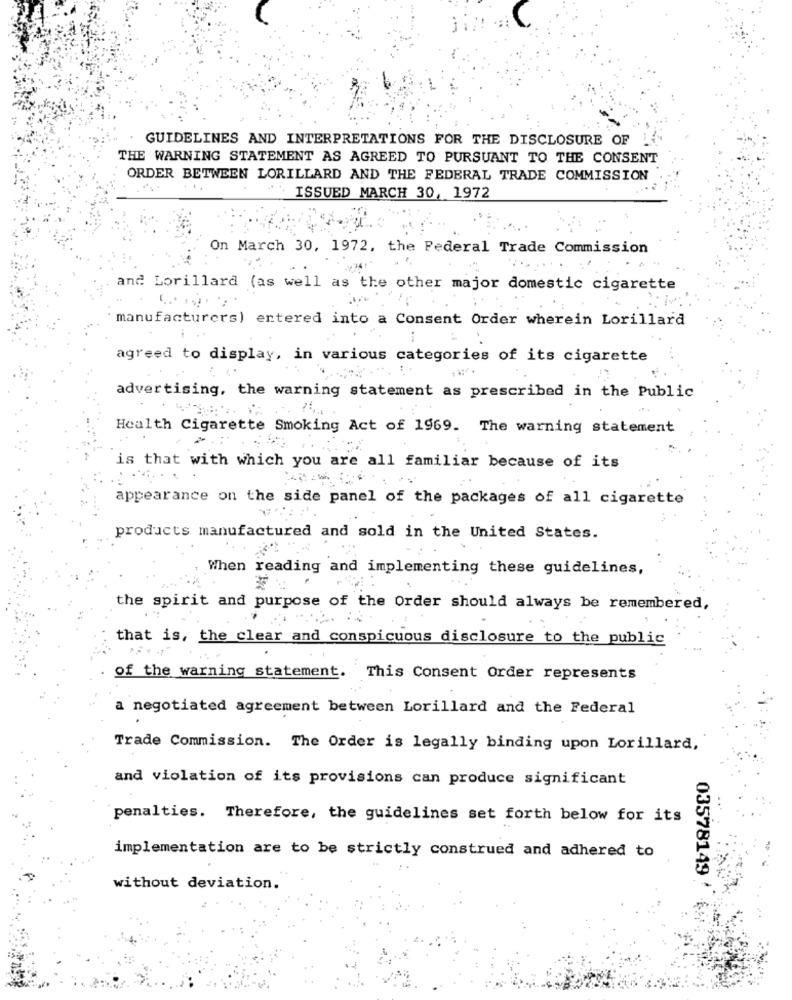
GUIDELINES AND INTERPRETATIONS FOR THE DISCLOSURE OF
THE WARNING STATEMENT AS AGREED TO PURSUANT TO THE CONSENT
ORDER BETWEEN LORILLARD AND THE FEDERAL TRADE COMMISSION
...
ISSUED MARCH 30, 1972
On March 30, 1972, the Federal Trade Commission
and Lorillard (as well as the other major domestic cigarette
manufacturers) entered into a Consent Order wherein Lorillard
agreed to display, in various categories of its cigarette
advertising, the warning statement as prescribed in the Public
Health Cigarette Smoking Act of 1969. The warning statement
is that with which you are all familiar because of its
appearance on the side panel of the packages of all cigarette
products manufactured and sold in the United States.
When reading and implementing these guidelines,
the spirit and purpose of the Order should always be remembered,
that is, the clear and conspicuous disclosure to the public
of the warning statement. This Consent Order represents
a negotiated agreement between Lorillard and the Federal
Trade Commission. The Order is legally binding upon Lorillard,
and violation of its provisions can produce significant
penalties. Therefore, the guidelines set forth below for its
implementation are to be strictly construed and adhered to
03578149
without deviation.